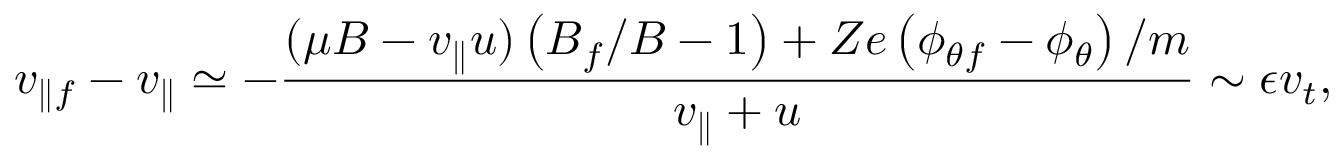
v _ { \parallel f } - v _ { \parallel } \simeq - \frac { ( \mu B - v _ { \parallel } u ) \left( B _ { f } / B - 1 \right) + Z e \left( \phi _ { \theta f } - \phi _ { \theta } \right) / m } { v _ { \parallel } + u } \sim \epsilon v _ { t } ,